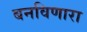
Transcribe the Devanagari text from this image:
बनविणारा